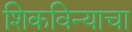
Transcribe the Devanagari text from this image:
शिकविन्याचा